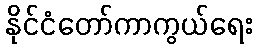
နိုင်ငံတော်ကာကွယ်ရေး